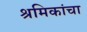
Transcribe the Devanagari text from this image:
श्रमिकांचा